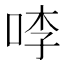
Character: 𭇶